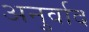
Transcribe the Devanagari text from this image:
अनुर्वाद